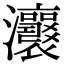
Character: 𤅭